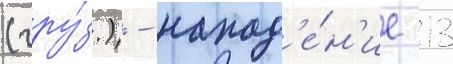
(гру́з.) - напад'е́н'ие 13